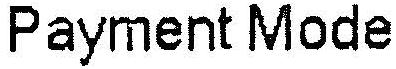
PAYMENT MODE